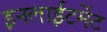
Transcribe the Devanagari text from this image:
इनलाईटमेंट